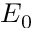
E _ { 0 }